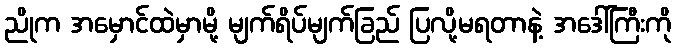
ညိုက အမှောင်ထဲမှာမို့ မျက်ရိပ်မျက်ခြည် ပြလို့မရတာနဲ့ အဒေါ်ကြီးကို